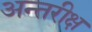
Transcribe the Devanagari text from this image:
अन्तरीक्ष